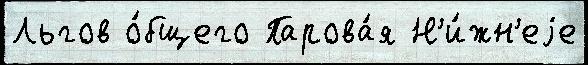
Льгов о́бщего Парова́я Н'и́жн'еjе